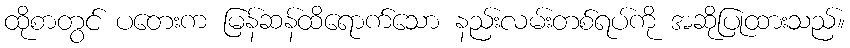
ထိုစာတွင် ပတေးက မြန်ဆန်ထိရောက်သော နည်းလမ်းတစ်ရပ်ကို အဆိုပြုထားသည်။